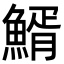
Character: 䱬